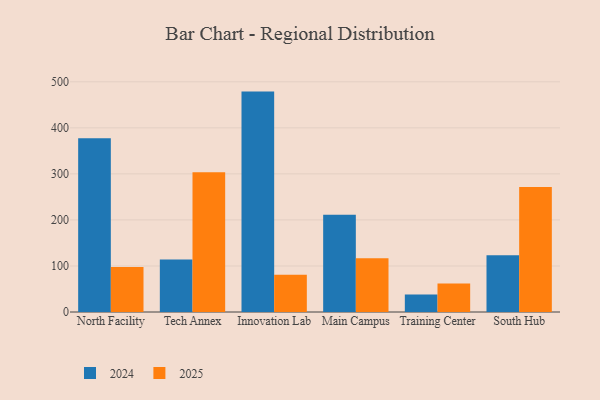
{"axis": {"x": "Campus", "y": "Shipments"}, "legend": ["2024", "2025"], "data": [{"x": "North Facility", "y": 377.5, "type": "2024"}, {"x": "North Facility", "y": 97.6, "type": "2025"}, {"x": "Tech Annex", "y": 113.9, "type": "2024"}, {"x": "Tech Annex", "y": 303.7, "type": "2025"}, {"x": "Innovation Lab", "y": 478.7, "type": "2024"}, {"x": "Innovation Lab", "y": 80.7, "type": "2025"}, {"x": "Main Campus", "y": 211.0, "type": "2024"}, {"x": "Main Campus", "y": 116.7, "type": "2025"}, {"x": "Training Center", "y": 38.2, "type": "2024"}, {"x": "Training Center", "y": 61.7, "type": "2025"}, {"x": "South Hub", "y": 123.0, "type": "2024"}, {"x": "South Hub", "y": 271.3, "type": "2025"}]}